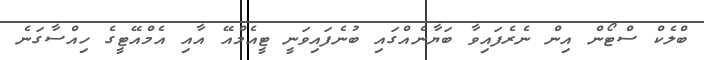
ބްލެކް ސްޓޯން އިން ނެރެފައިވާ ބަޔާނެއްގައި ބުނެފައިވަނީ ޓީއެމްއޭ އާއި އެމްއޭޓީގެ ހިއްސާގަނެ